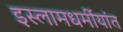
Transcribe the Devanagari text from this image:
इस्लामधर्मीयांत